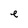
Character: e